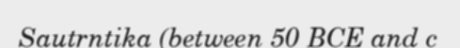
Sautrntika (between 50 BCE and c